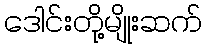
ဒေါင်းတို့မျိုးဆက်